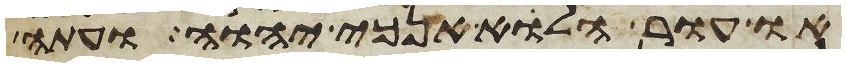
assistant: או עור הלוא אנכי יהוה ועתה